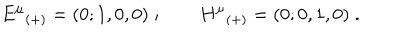
{ E ^ { \mu } } _ { ( + ) } = ( 0 ; 1 , 0 , 0 ) \; ; \qquad { H ^ { \mu } } _ { ( + ) } = ( 0 ; 0 , 1 , 0 ) \; .